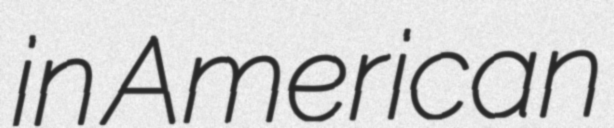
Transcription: in American